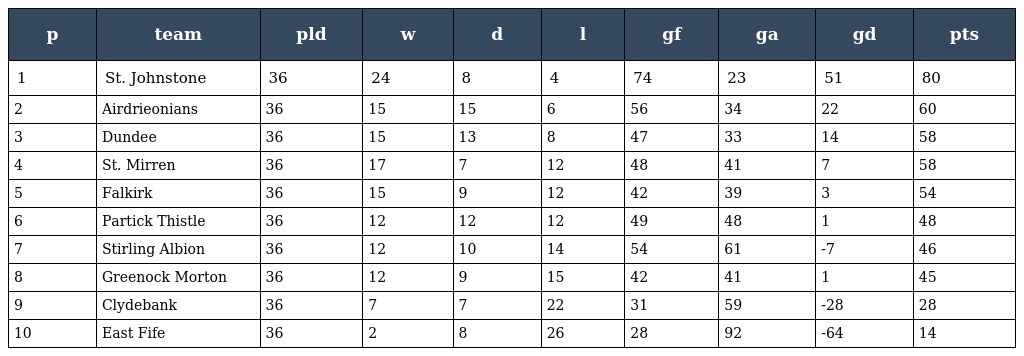
| p | team | pld | w | d | l | gf | ga | gd | pts |
 | --- | --- | --- | --- | --- | --- | --- | --- | --- | --- |
 | 1 | St. Johnstone | 36 | 24 | 8 | 4 | 74 | 23 | 51 | 80 |
 | 2 | Airdrieonians | 36 | 15 | 15 | 6 | 56 | 34 | 22 | 60 |
 | 3 | Dundee | 36 | 15 | 13 | 8 | 47 | 33 | 14 | 58 |
 | 4 | St. Mirren | 36 | 17 | 7 | 12 | 48 | 41 | 7 | 58 |
 | 5 | Falkirk | 36 | 15 | 9 | 12 | 42 | 39 | 3 | 54 |
 | 6 | Partick Thistle | 36 | 12 | 12 | 12 | 49 | 48 | 1 | 48 |
 | 7 | Stirling Albion | 36 | 12 | 10 | 14 | 54 | 61 | -7 | 46 |
 | 8 | Greenock Morton | 36 | 12 | 9 | 15 | 42 | 41 | 1 | 45 |
 | 9 | Clydebank | 36 | 7 | 7 | 22 | 31 | 59 | -28 | 28 |
 | 10 | East Fife | 36 | 2 | 8 | 26 | 28 | 92 | -64 | 14 |